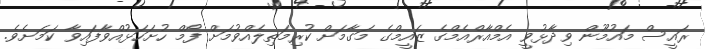
ރައީސް މައުމޫން ވިދާޅުވީ އެމްއާރްއެމްގެ ޒައީމްގެ މަގާމަށް ކުރިމަތިލެއްވުމަށް ފޯމް ހުށަހަޅުއްވާފައިވާ ކަމަށެވެ.